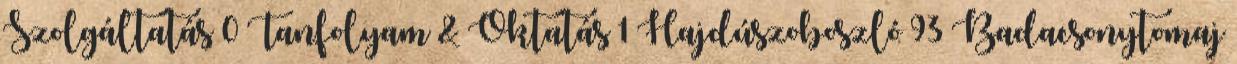
Szolgáltatás 0 Tanfolyam & Oktatás 1 Hajdúszoboszló 93 Badacsonytomaj